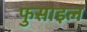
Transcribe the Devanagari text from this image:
फुसाइल